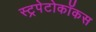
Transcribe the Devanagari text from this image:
स्ट्रपेटोकॉकस